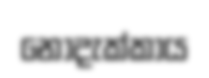
නොදැක්කාය